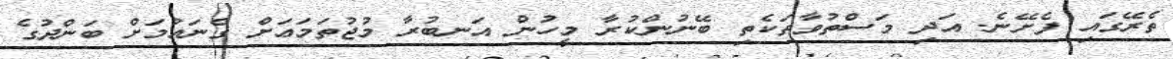
ތެރޭގައި ފެށޭނެ. އަދި މަސްތުވާތަކެތި ބޭނުންކުރާ މީހުން އަނބުރާ މުޖުތަމަޢަށް ގެނައުމަށް ބަންދުގެ